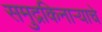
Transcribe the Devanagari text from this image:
समुद्रकिनाऱ्याचे